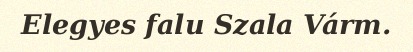
Elegyes falu Szala Várm.